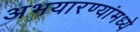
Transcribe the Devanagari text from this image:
अभयारण्यांमध्ये